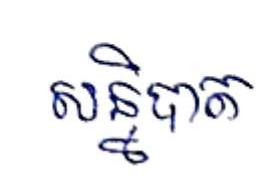
សន្និបាត